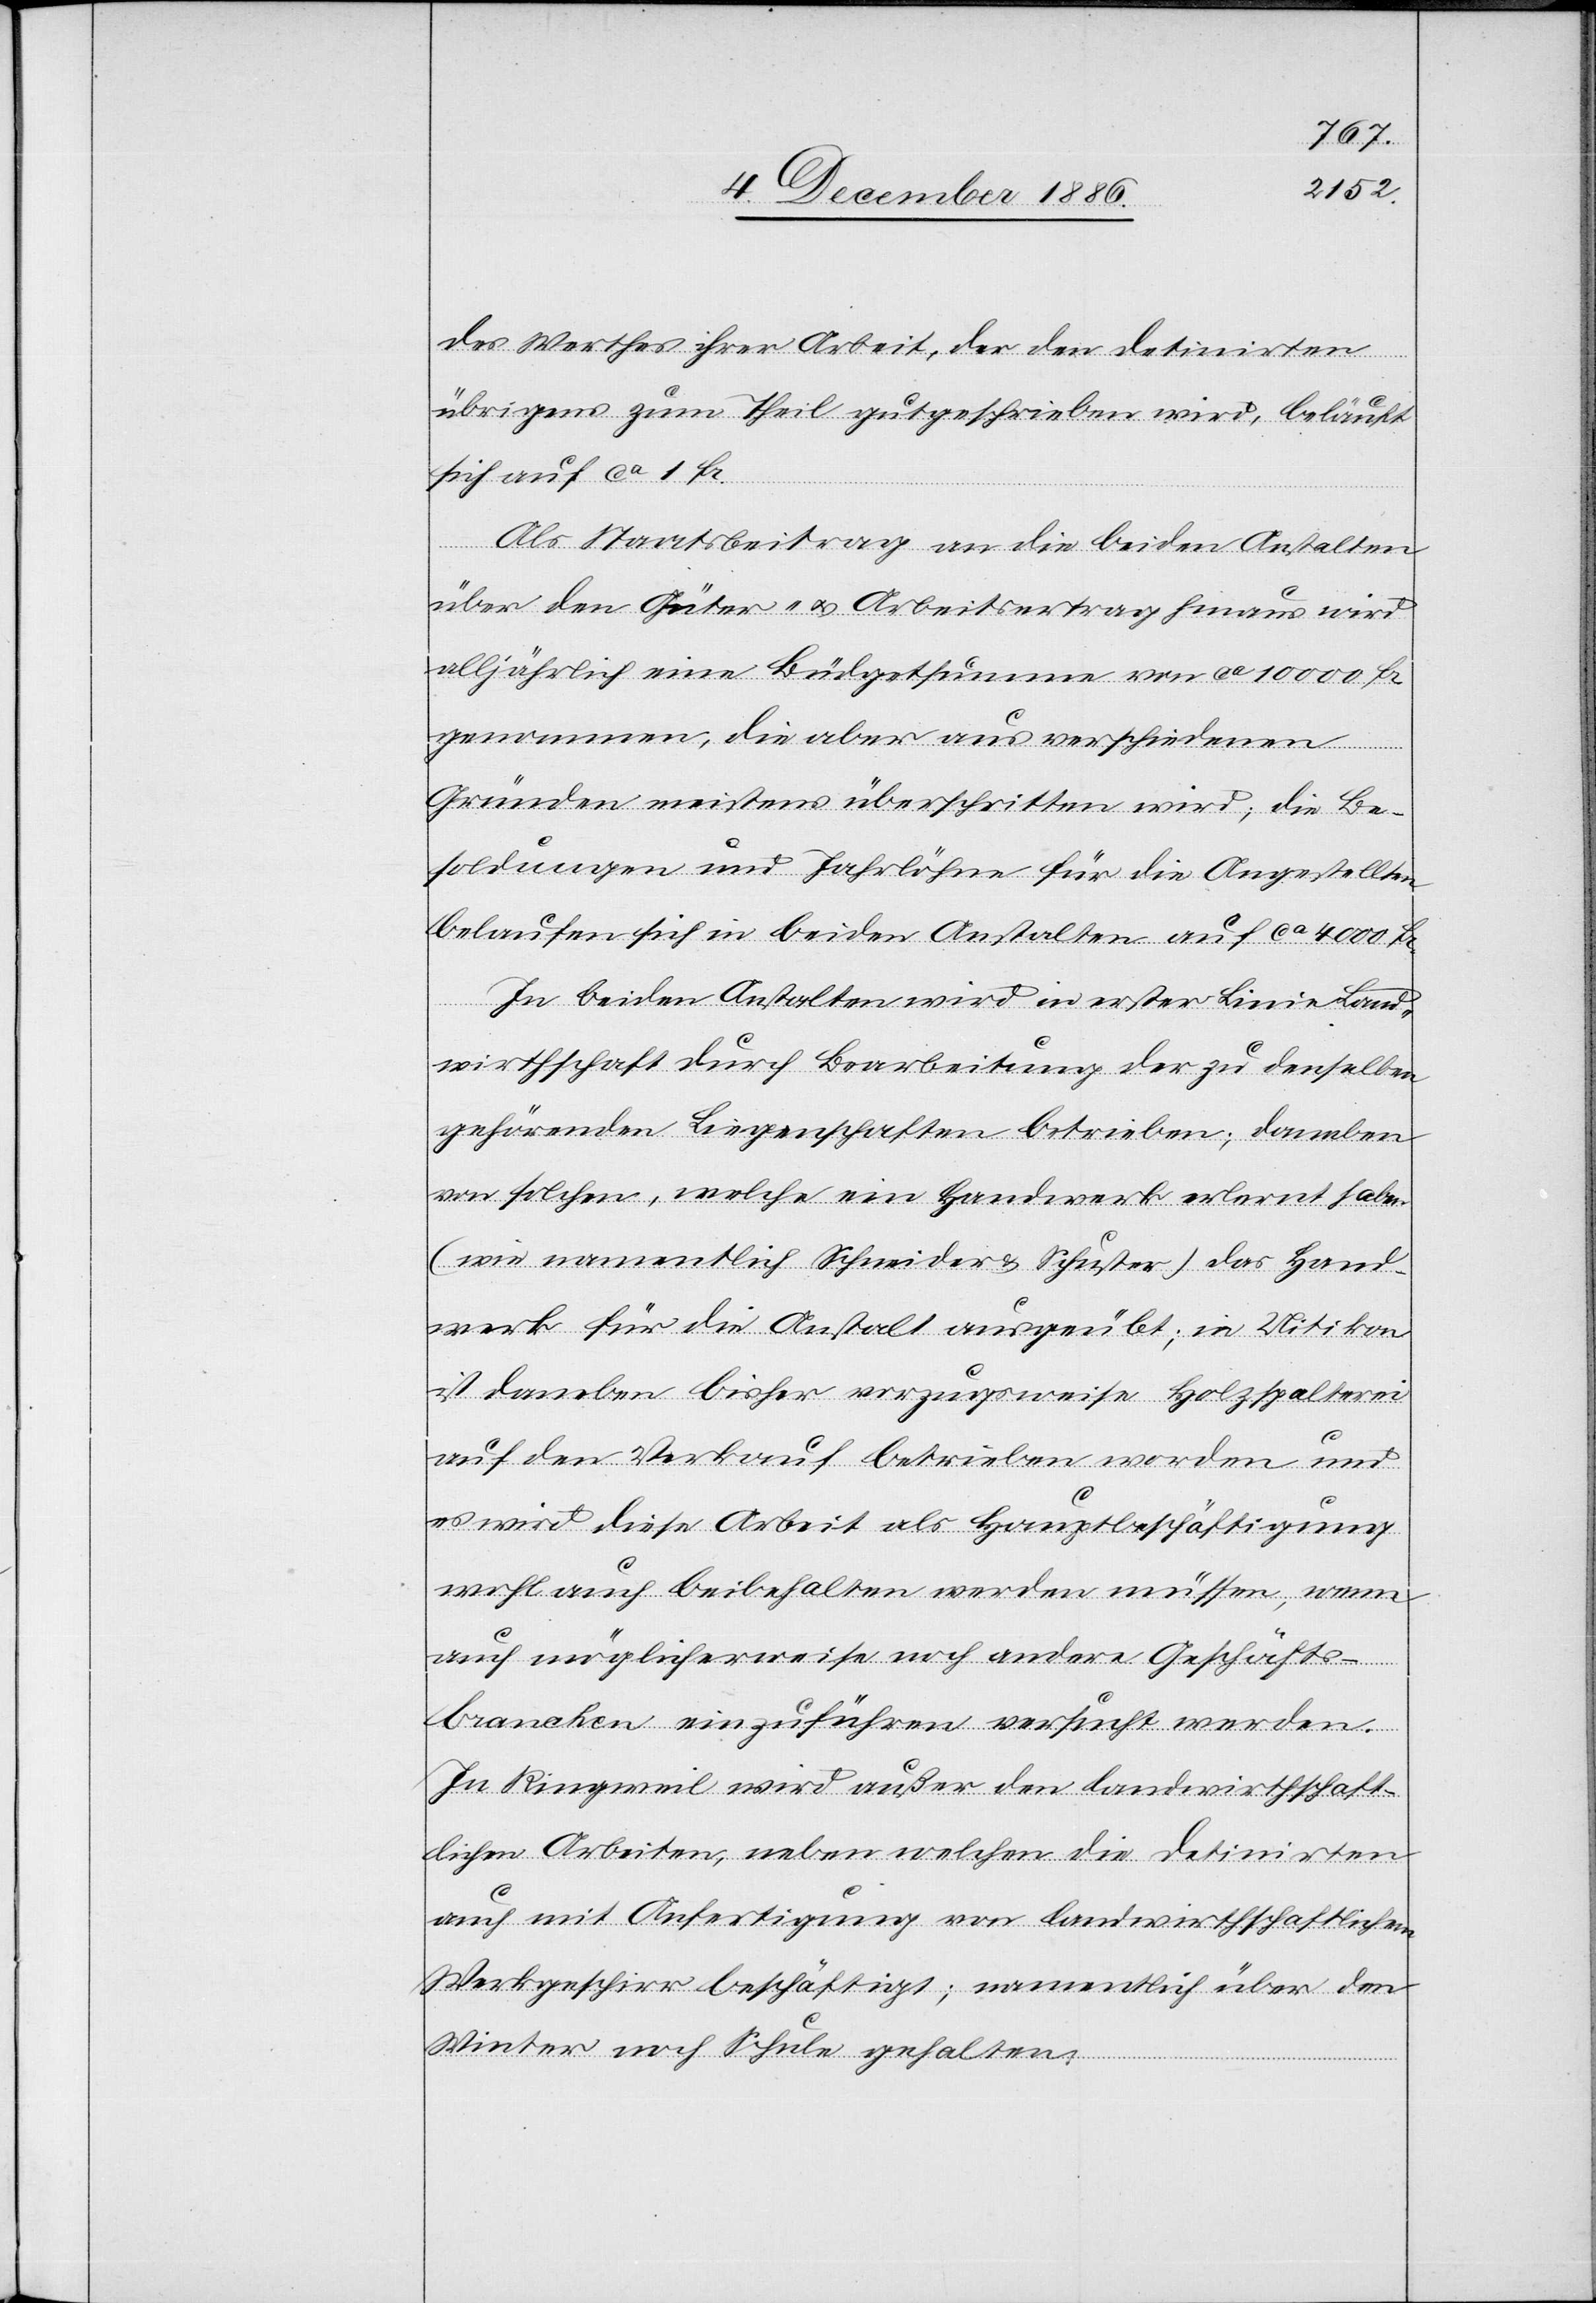
des Werthes ihrer Arbeit, der den Detinirten
übrigens zum Theil gutgeschrieben wird, beläuft
sich auf ca 1 Fr.
Als Staatsbeitrag an die beiden Anstalten
über den Güter- & Arbeitsertrag hinaus wird
alljährlich eine Büdgetsumme von ca 10 000 Fr.
genommen, die aber aus verschiedenen
Gründen meistens überschritten wird; die Be¬
soldungen und Jahrlöhne für die Angestellten
belaufen sich in beiden Anstalten auf ca 4000 Fr.
In beiden Anstalten wird in erster Linie Land¬
wirthschaft durch Bearbeitung der zu denselben
gehörenden Liegenschaften betrieben. Daneben
von solchen, welche ein Handwerk erlernt haben
(wie namentlich Schneider & Schuster) das Hand¬
werk für die Anstalt ausgeübt; in Uitikon
ist daneben bisher vorzugsweise Holzspalterei
auf den Verkauf betrieben worden und
es wird diese Arbeit als Hauptbeschäftigung
wohl auch beibehalten werden müssen, wenn
auch möglicherweise noch andere Geschäfts¬
branchen einzuführen versucht werden.
In Ringweil wird außer den landwirthschaft¬
lichen Arbeiten, neben welchen die Detinirten
auch mit Anfertigung von landwirthschaftlichem
Werkgeschirr beschäftigt [werden]; namentlich über den
Winter noch Schule gehalten.